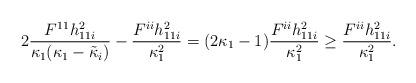
LaTeX: \begin{align*}2\frac{F^{11}h_{11i}^2}{\kappa_1 (\kappa_1-\tilde{\kappa}_i)}-\frac{ F^{ii}h_{11i}^2}{\kappa_1^2}=(2\kappa_1-1) \frac{ F^{ii}h_{11i}^2}{\kappa_1^2}\geq \frac{ F^{ii}h_{11i}^2}{\kappa_1^2}.\end{align*}